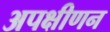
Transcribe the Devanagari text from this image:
अपक्षीणन